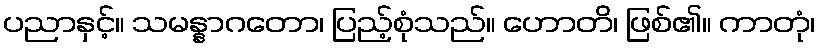
ပညာနှင့်။ သမန္နာဂတော၊ ပြည့်စုံသည်။ ဟောတိ၊ ဖြစ်၏။ ကာတုံ၊